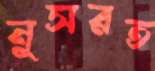
নুসরত